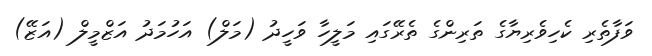
ވަފާތެރި ކެހިވެރިޔާގެ ތަރިންގެ ތެރޭގައި މަލީހާ ވަހީދު (މަލް) އަހުމަދު އަޒްމީލް (އަޒޭ)